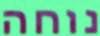
נוחה